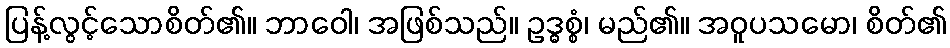
ပြန့်လွင့်သောစိတ်၏။ ဘာဝေါ၊ အဖြစ်သည်။ ဥဒ္ဓစ္စံ၊ မည်၏။ အဝူပသမော၊ စိတ်၏